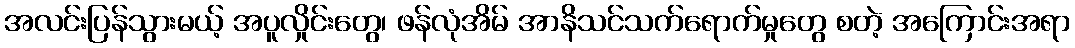
အလင်းပြန်သွားမယ့် အပူလှိုင်းတွေ၊ ဖန်လုံအိမ် အာနိသင်သက်ရောက်မှုတွေ စတဲ့ အကြောင်းအရာ